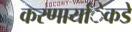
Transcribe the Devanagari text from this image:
करणार्यांेकडेे